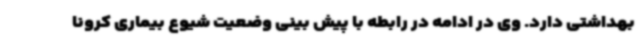
بهداشتی دارد. وی در ادامه در رابطه با پیش بینی وضعیت شیوع بیماری کرونا